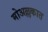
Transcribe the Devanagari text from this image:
मोअल्लकात